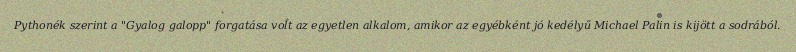
Pythonék szerint a "Gyalog galopp" forgatása volt az egyetlen alkalom, amikor az egyébként jó kedélyű Michael Palin is kijött a sodrából.